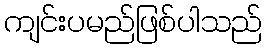
ကျင်းပမည်ဖြစ်ပါသည်